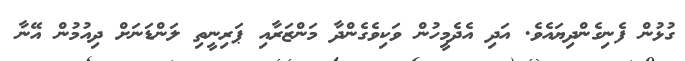
ގުޅުން ފެނިގެންދިޔައެވެ. އަދި އެދެމީހުން ވަކިވެގެންދާ މަންޒަރާއި ޕަރިނީތި ލަންޑަނަށް ދިއުމުން އޭނާ